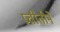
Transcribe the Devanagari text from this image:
प्रचीतीने